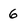
Character: 6